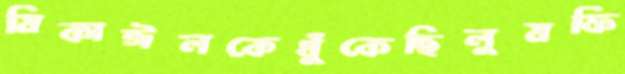
মিকাঈলকেধুঁকেছিলুমফি